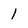
Character: 1